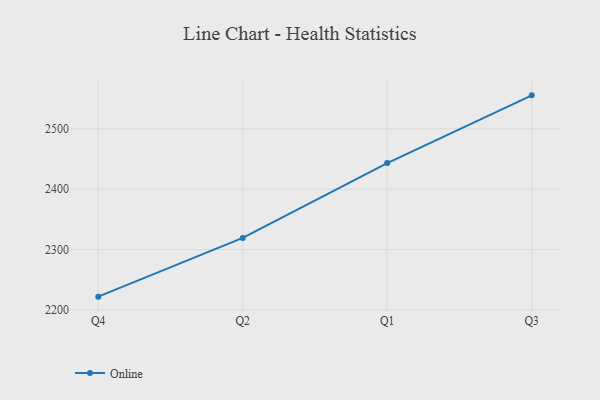
{"axis": {"x": "Quarter", "y": "Satisfaction Score"}, "legend": ["Online"], "data": [{"x": "Q4", "y": 2222.1, "type": "Online"}, {"x": "Q2", "y": 2319.4, "type": "Online"}, {"x": "Q1", "y": 2443.3, "type": "Online"}, {"x": "Q3", "y": 2555.4, "type": "Online"}]}